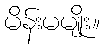
မိန်းမမျိုး။